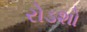
રોડશો